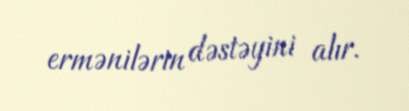
ermənilərin dəstəyini alır.